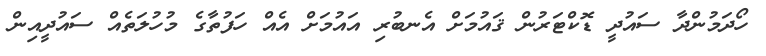
ހޯދަމުންދާ ސައުދީ ޑޮކްޓަރުން ޤައުމަށް އެނބުރި އައުމަށް އެއް ހަފުތާގެ މުހުލަތެއް ސައުދީއިން